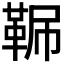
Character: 𩊧